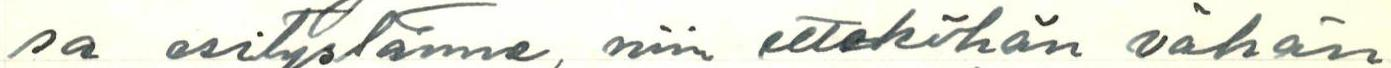
sa esitystänne, niin etteköhän vähän